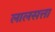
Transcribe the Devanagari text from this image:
लालसत्ता